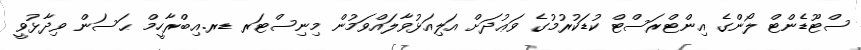
ސްޓޫޑެންޓް ލޯންގެ އިންޓްރަސްޓް ކުޑަކުރުމުގެ ވަޢުދަށް އަލިއަޅުވާލައްވަމުން މިނިސްޓަރ ޑރ.އިބްރާހީމް ޙަސަން ވިދާޅުވީ